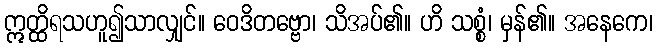
ဣတ္ထိရသဟူ၍သာလျှင်။ ဝေဒိတဗ္ဗော၊ သိအပ်၏။ ဟိ သစ္စံ၊ မှန်၏။ အနေကေ၊